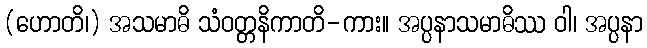
(ဟောတိ၊) အသမာဓိ သံဝတ္တနိကာတိ-ကား။ အပ္ပနာသမာဓိဿ ဝါ၊ အပ္ပနာ